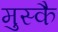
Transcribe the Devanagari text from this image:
मुस्कै